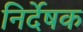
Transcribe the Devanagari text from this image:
निर्देषक